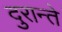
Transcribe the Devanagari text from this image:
दुरान्ते